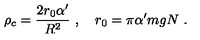
\rho _ { c } = { \frac { 2 r _ { 0 } \alpha ^ { \prime } } { R ^ { 2 } } } \ , \quad r _ { 0 } = \pi \alpha ^ { \prime } m g N \ .